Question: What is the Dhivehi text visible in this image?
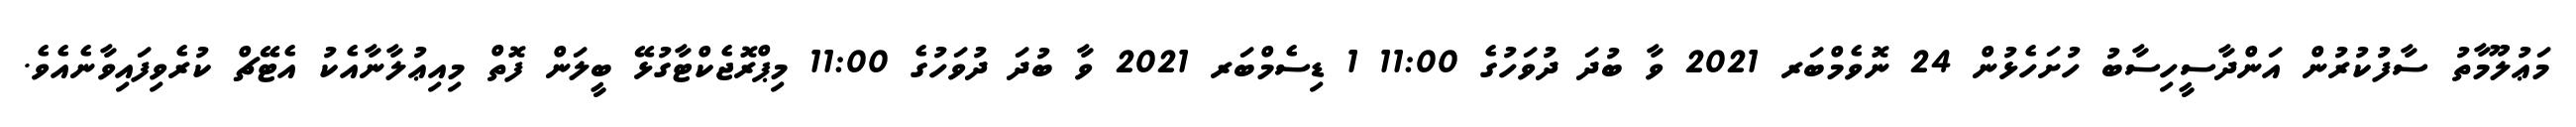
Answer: މަޢުލޫމާތު ސާފުކުރުން އަންދާސީހިސާބު ހުށަހެޅުން 24 ނޮވެމްބަރ 2021 ވާ ބުދަ ދުވަހުގެ 11:00 1 ޑިސެމްބަރ 2021 ވާ ބުދަ ދުވަހުގެ 11:00 މިޕްރޮޖެކްޓާގުޅޭ ބީލަން ފޮތް މިއިޢުލާނާއެކު އެޓޭޗް ކުރެވިފައިވާނެއެވެ.